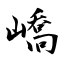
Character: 嶠